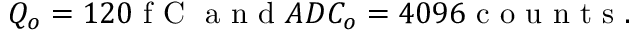
Q _ { o } = 1 2 0 \mathrm { ~ f ~ C ~ } \mathrm { ~ a ~ n ~ d ~ } A D C _ { o } = 4 0 9 6 \mathrm { ~ c ~ o ~ u ~ n ~ t ~ s ~ } .